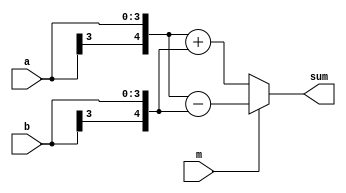
`timescale 1ns / 1ps
//////////////////////////////////////////////////////////////////////////////////
// Company: 
// Engineer: 
// 
// Design Name: 
// Module Name: behavioral_adder_subtractor
// Project Name: 
// Target Devices: 
// Tool Versions: 
// Description: 
// 
// Dependencies: 
// 
// Revision:
// Revision 0.01 - File Created
// Additional Comments:
// 
//////////////////////////////////////////////////////////////////////////////////


module behavioral_adder_subtractor(
    input wire m,
    input wire [3:0] a,
    input wire [3:0] b,
    output reg [4:0] sum
    );
    
    wire [4:0] a5;
    wire [4:0] b5;
    
    assign a5 = {a[3], a};
    assign b5 = {b[3], b};
    
    always @(a, b, m) begin
        if (m == 0) begin
            sum = a5 + b5;
        end else begin
            sum = a5 - b5;
        end
    end
    
endmodule